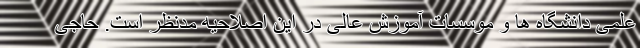
علمی دانشگاه ها و موسسات آموزش عالی در این اصلاحیه مدنظر است. حاجی